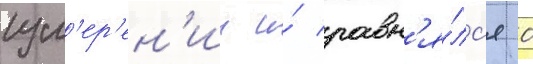
изм'ер'ен'ии и́ равн'я́лс'я 0